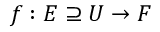
f : E \supseteq U \to F